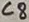
Text: C8